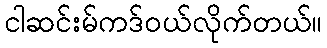
ငါဆင်းမ်ကဒ်ဝယ်လိုက်တယ်။